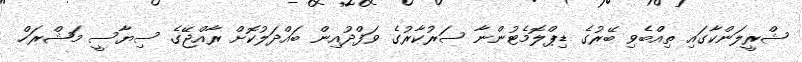
ޝްރީލަންކާގައި ތިއްބެވި ބޭރުގެ ޑިޕްލޮމެޓުންނާ ސަރުކާރުގެ ވަފްދުއިން ބައްދަލުކޮށް ރާއްޖޭގެ ސިޔާސީ މަޝްރަހް